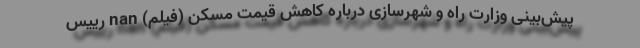
پیش‌بینی وزارت راه و شهرسازی درباره کاهش قیمت مسکن (فیلم) nan رییس